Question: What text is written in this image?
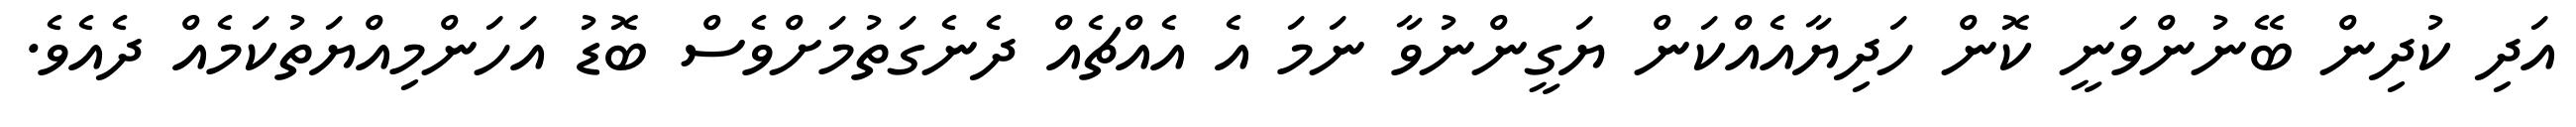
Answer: އަދި ކުދިން ބޭނުންވަނީ ކޮން ހަދިޔާއެއްކަން ޔަގީންނުވާ ނަމަ އެ އެއްޗެއް ދެނެގަތުމަށްވެސް ބޮޑު އަހަންމިއްޔަތުކަމެއް ދެއެވެ.